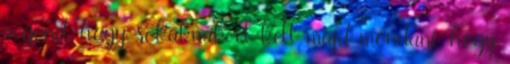
a gond, hogy sokaknak el kell majd mondani, hogy